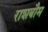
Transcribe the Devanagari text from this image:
राशबौम